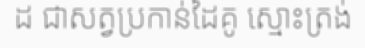
ដ ជាសត្វប្រកាន់ដៃគូ ស្មោះត្រង់